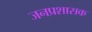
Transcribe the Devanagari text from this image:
जनप्रशासक